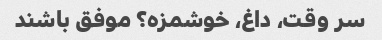
سر وقت، داغ، خوشمزه؟ موفق باشند